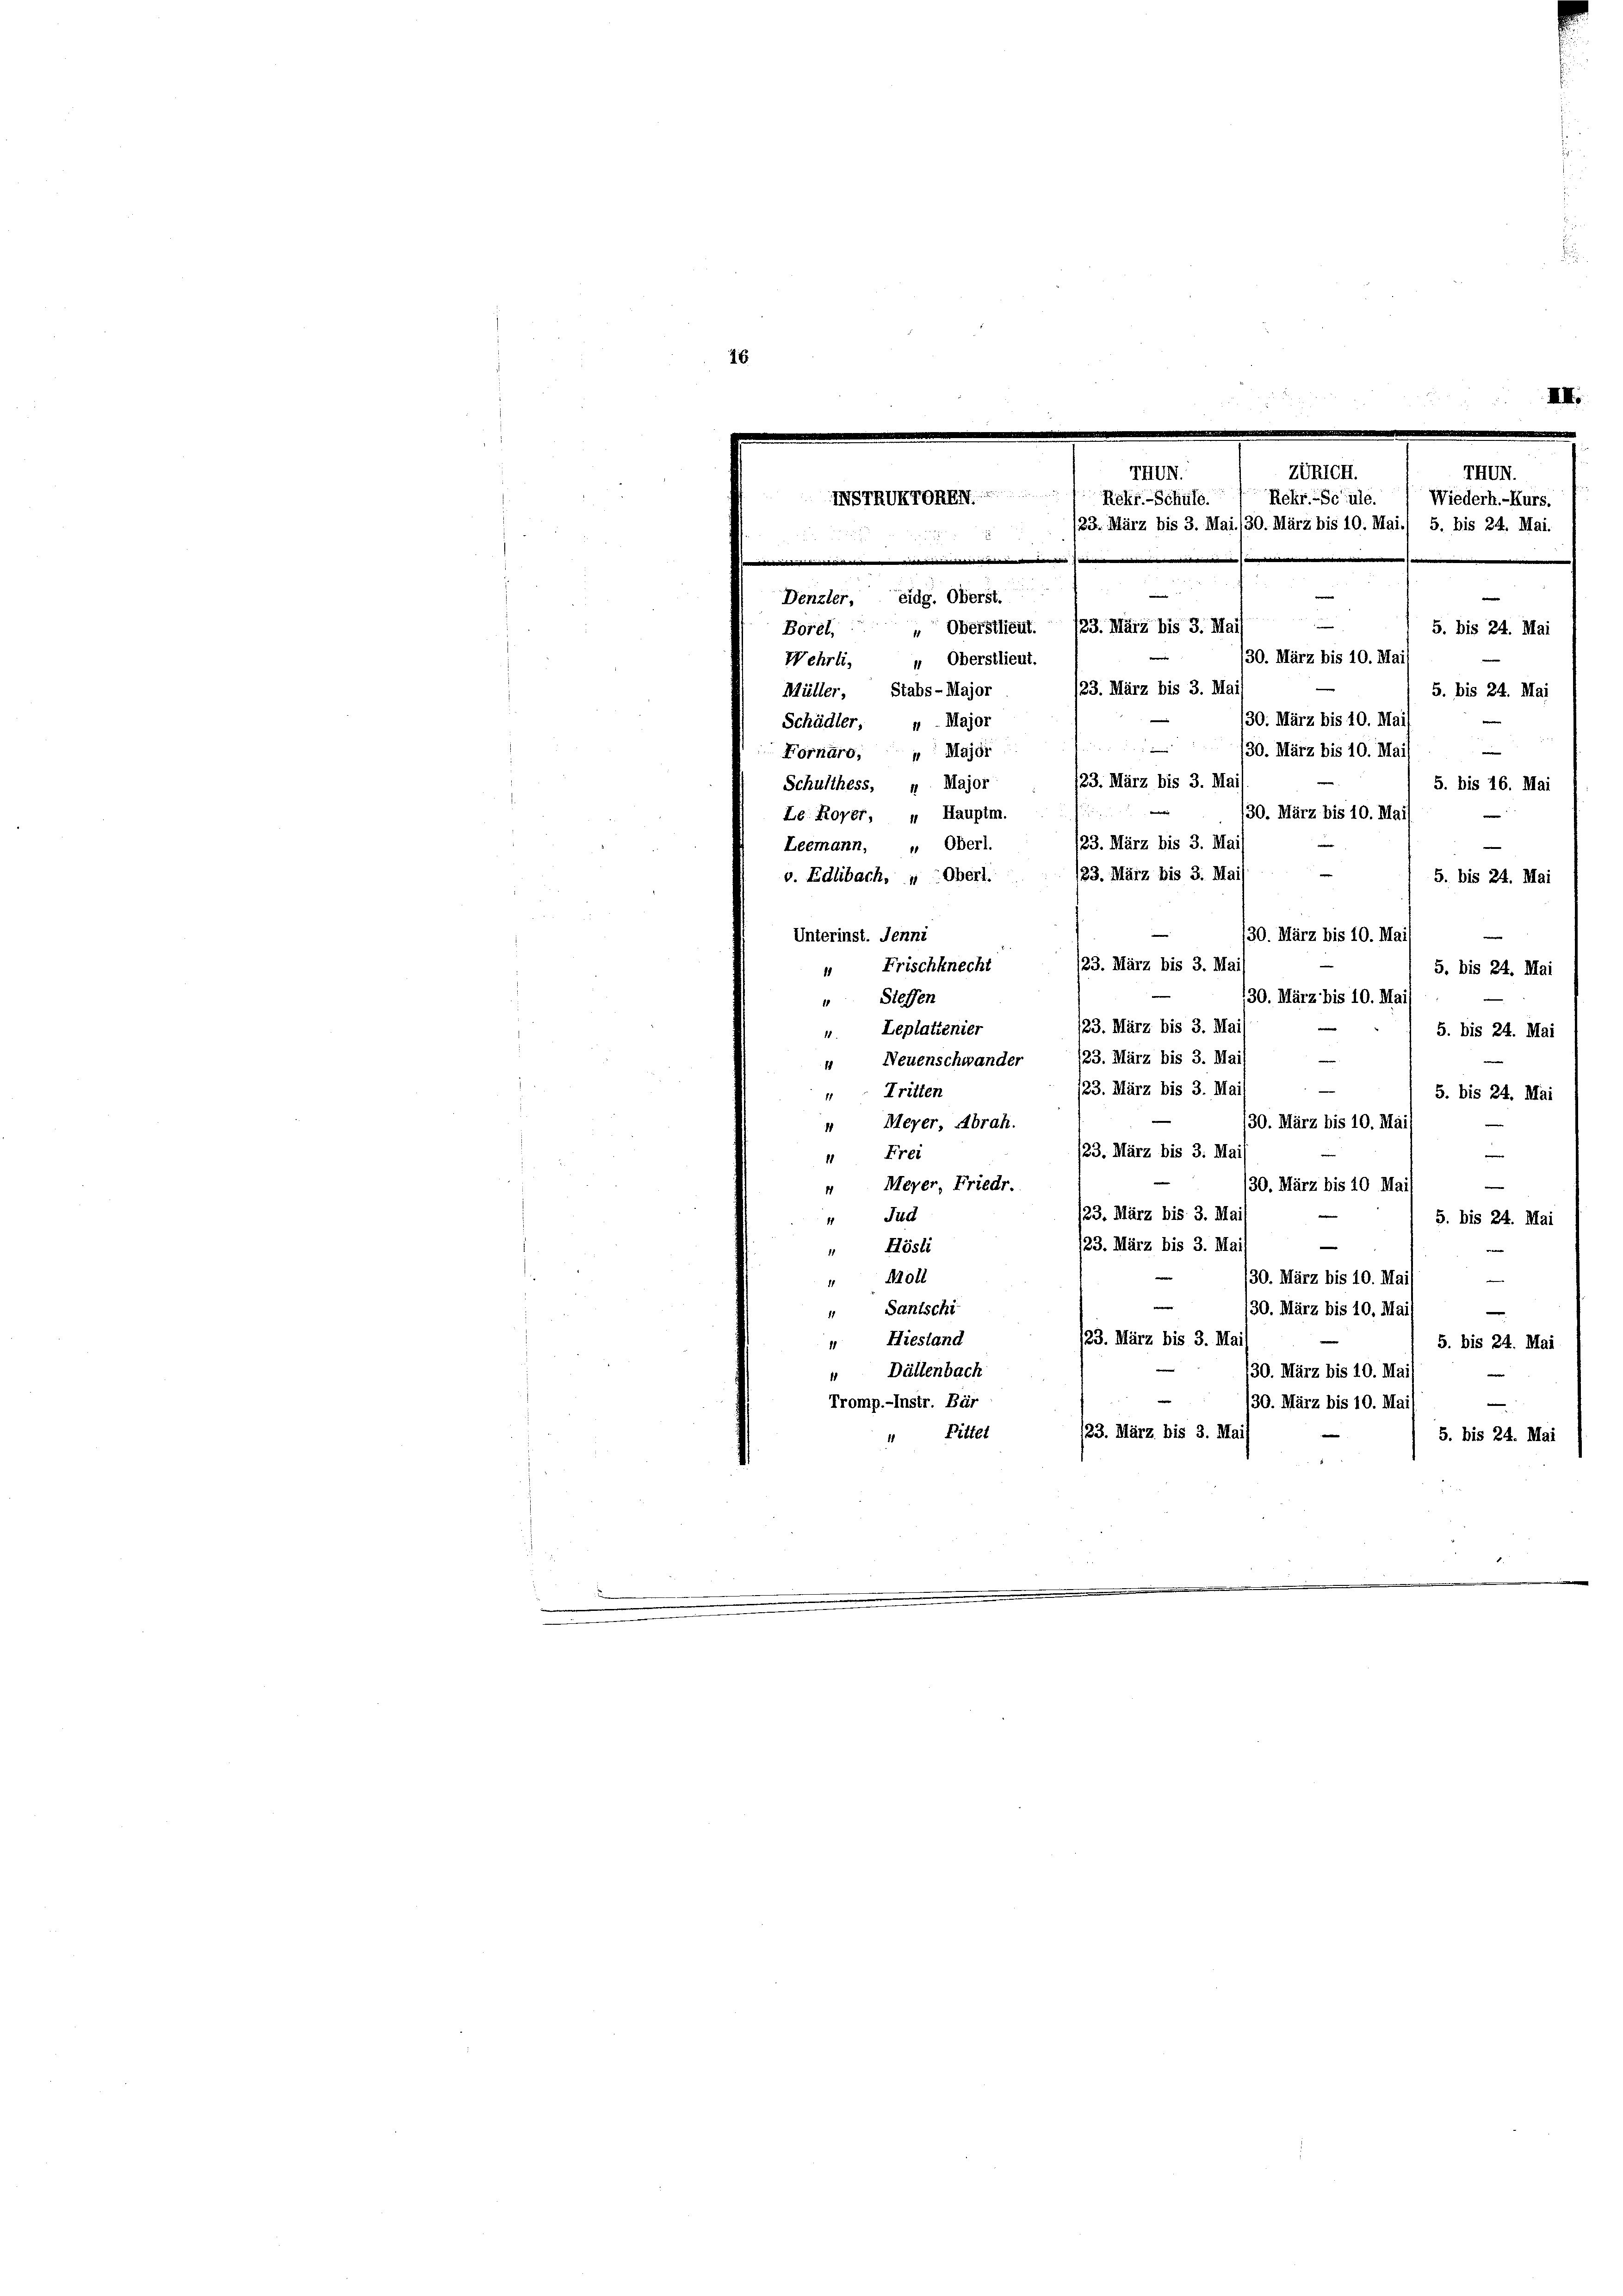
30. März bis 10. Mai
“ Meyer, Abrah.
23. März bis 3. Mai
 Frei

e
 Meyer Friedr.
30. März bis 10 Mai
/23. März bis 3. Ma
4 Juc
5. bis 24. Mai
23. März bis 3. Mai
e
" Hösli
130. März bis 10. Mai
Moll
.
" Santschi
130. März bis 10. Mai
23. März bis 3. Mi
“ Hiestand
5. bis 24. Mai
30. März bis 10. Maj
“ Dällenbach
Tromp.-Instr. Bär
130. März bis 10. Mail —
123. März bis 3. Mai
Pittel
5. bis 24. Mai

16

.
Zönicht.
THUN.
THUN.
INSTRIKTOREN 1 Rohr-Schuld.
Rekr. Schule. Wiederh.-Kurs.
23. März bis 3. Mai. 130. März bis 10. Mai./ 5. bis 24. Mai

1
d
.
n
e
Denzler eidg. Oberst
—
Borel, " Oberstlieut. 123. März bis 3. Mai
5. bis 24. Mai
30. März bis 10. Mai
Wehrli, " Oberstlieut.
23. März bis 3. Mai
Müller Stabs-Major.
5. bis 24. Mai
30. März bis 10. Mai
Schädler, u. Major

e
30. März bis 10. Maj
Fornaro, " Major
123. März bis 3. Ma
Schulthess, 4. Major
5. bis 16. Mai
30. März bis 10. Mai
Le. Rover, 4 Hauptm.
n
/23. März bis 3. Ma
Leemann, " Oberl.
23. März bis 3. Mais
v. Edlibach, u Oberl.
5. bis 24. Mai
30. März bis 10. Ma
Unterinst. Jenni
123. März bis 3. Ma
“ Frischknecht
5. bis 24. Mai
130. März bis 10. Ma
“ Steffen
123. März bis 3. Ma
" Leplatienier
5. bis 24. Mai
/23. März bis 3. Mais
“ Neuenschwander
—
23. März bis 3. Ma
" Tritten
5. bis 24. Mai